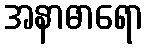
အနာဓာရော